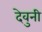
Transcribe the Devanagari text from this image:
देवुनी